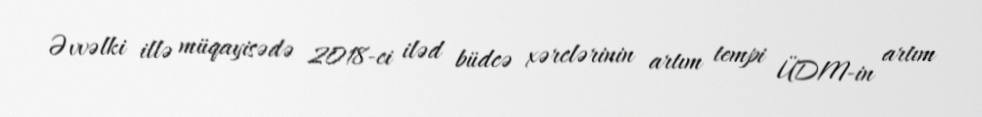
Əvvəlki illə müqayisədə 2018-ci iləd büdcə xərclərinin artım tempi ÜDM-in artım